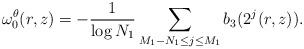
LaTeX: \begin{align*}\omega_0^{\theta}(r,z)=- \frac 1 {\log N_1} \sum_{M_1-N_1\le j\le M_1}b_3(2^j(r,z)).\end{align*}